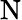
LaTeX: \mathrm{N}